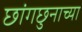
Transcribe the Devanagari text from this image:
छांगछुनाच्या